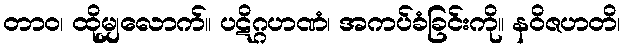
တာဝ၊ ထိုမျှလောက်။ ပဋိဂ္ဂဟဏံ၊ အကပ်ခံခြင်းကို။ နဝိဇဟတိ၊